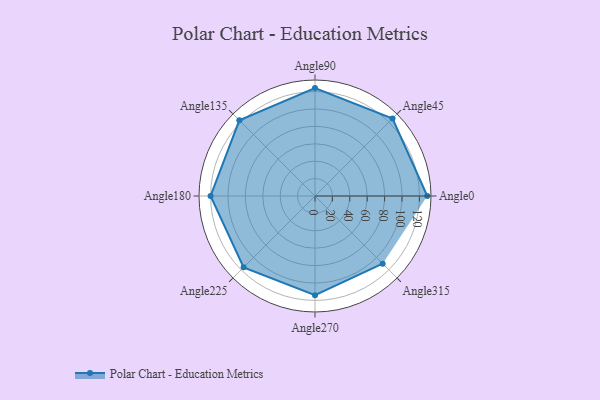
{"axis": {"x": "Angle", "y": "Radius"}, "legend": [""], "data": [{"x": "Angle0", "y": 129.0, "type": ""}, {"x": "Angle45", "y": 126.0, "type": ""}, {"x": "Angle90", "y": 124.0, "type": ""}, {"x": "Angle135", "y": 123.0, "type": ""}, {"x": "Angle180", "y": 120.0, "type": ""}, {"x": "Angle225", "y": 116.0, "type": ""}, {"x": "Angle270", "y": 114.0, "type": ""}, {"x": "Angle315", "y": 110.0, "type": ""}]}